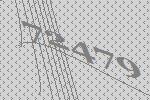
72479